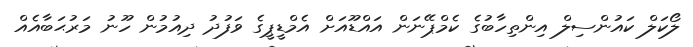
ލޯކަލް ކައުންސިލް އިންތިހާބުގެ ކެމްޕޭނަން އައްޑޫއަށް އެމްޑީޕީގެ ވަފުދު ދިއުމުން ހޫނު މަރުޙަބާއެއް